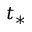
t _ { * }